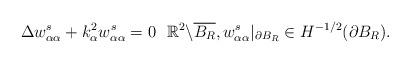
LaTeX: \begin{align*} \Delta w^s_{\alpha\alpha} + k_{\alpha}^{2} w^s_{\alpha\alpha} = 0 \ \ \mathbb{R}^2 \backslash \overline{B_R}, w^s_{\alpha\alpha} |_{\partial B_R}\in H^{-1/2}(\partial B_R). \end{align*}